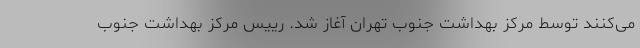
می‌کنند توسط مرکز بهداشت جنوب تهران آغاز شد. رییس مرکز بهداشت جنوب